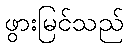
ဖွားမြင်သည်